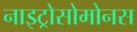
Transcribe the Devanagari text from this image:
नाइट्रोसोमोनस